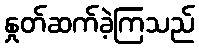
နှုတ်ဆက်ခဲ့ကြသည်